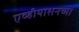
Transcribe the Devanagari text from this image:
एव्हीयाशनच्या